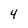
Character: 4